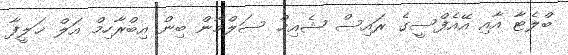
ބްލެޓާ އާއި އޭއެފްސީގެ ރައިސް ޝެއިޚް ސަލްމާން ބިން އިބްރާހިމް އަލް ޚަލީފާ